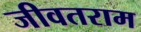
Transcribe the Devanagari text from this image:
जीवतराम